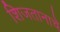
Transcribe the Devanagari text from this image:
शिजतानाचे